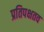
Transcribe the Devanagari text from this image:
प्रतिपक्षतव